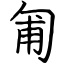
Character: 匍